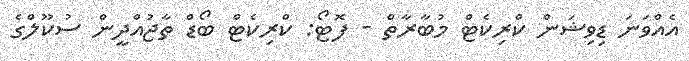
އެއްވަނަ ޑިވިޝަން ކްރިކެޓް މުބާރާތް - ފޮޓޯ: ކްރިކެޓް ބޯޑް ތާޖުއްދީން ސުކޫލްގެ